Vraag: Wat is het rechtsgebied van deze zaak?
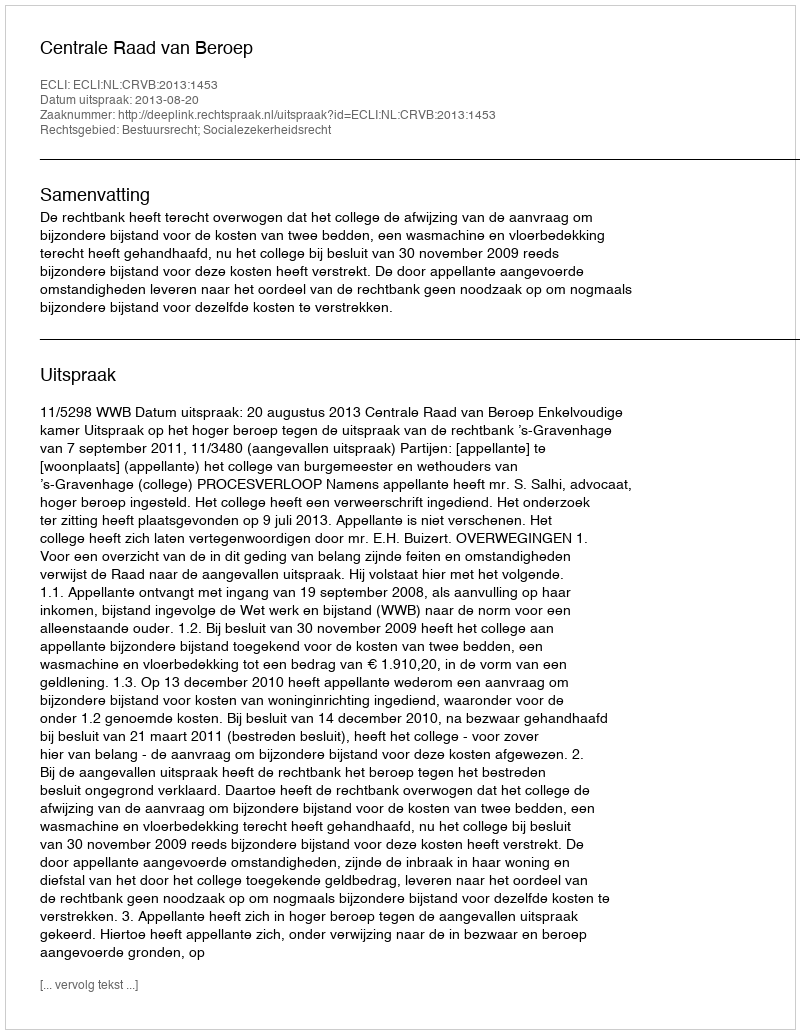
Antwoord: Bestuursrecht; Socialezekerheidsrecht